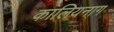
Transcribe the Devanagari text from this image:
कालियनाग